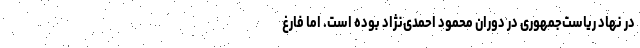
در نهاد ریاست‌جمهوری در دوران محمود احمدی‌نژاد بوده است. اما فارغ